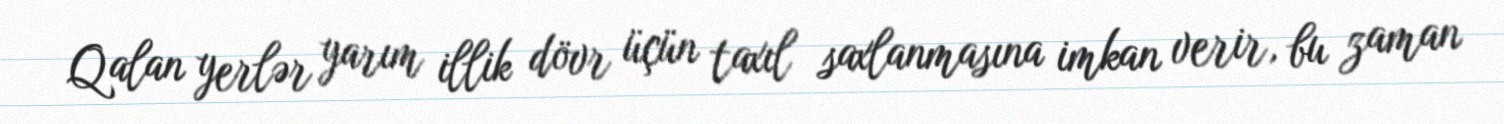
Qalan yerlər yarım illik dövr üçün taxıl saxlanmasına imkan verir, bu zaman